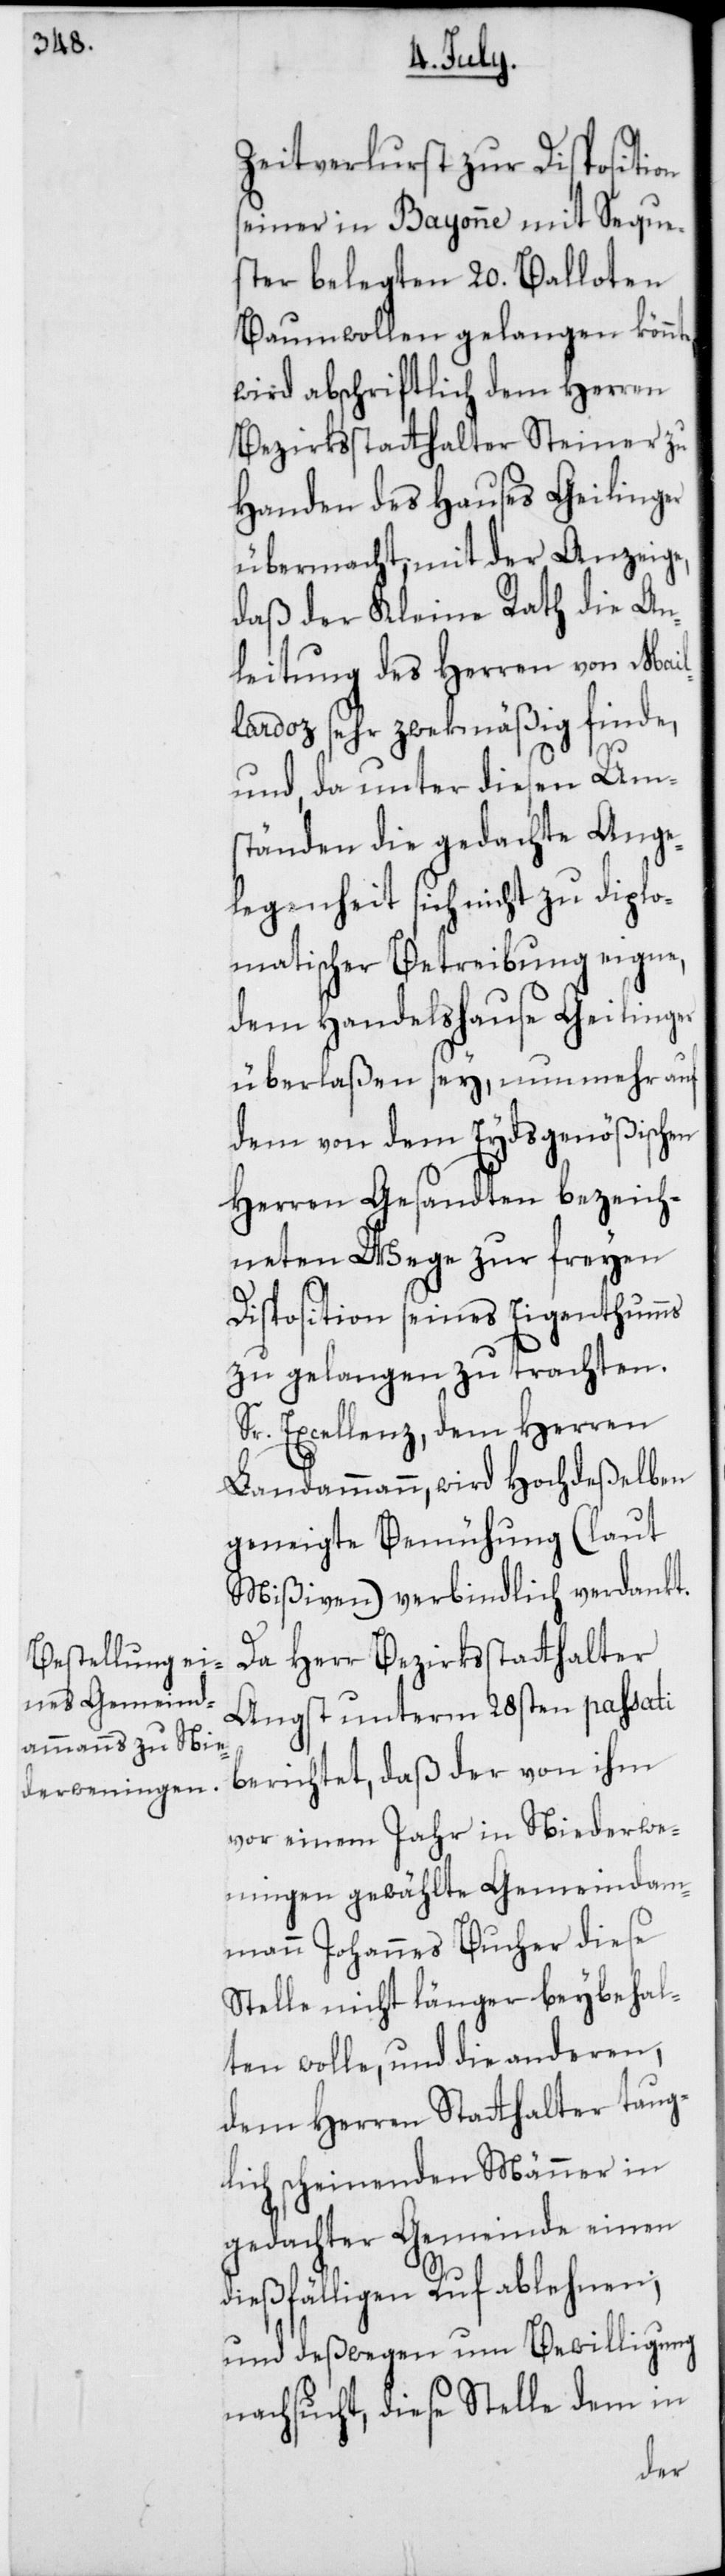
Zeitverlust zur Disposition
seiner in Bayonne mit Seque¬
ster belegten 20. Balloten
Baumwollen gelangen könnt¬
wird abschriftlich dem Herren
Bezirksstatthalter Steiner zu
Handen des Hauses Geilinger
übermacht, mit der Anzeige,
daß der Kleine Rath die An¬
leitung des Herren von Mail¬
lardoz sehr zwekmäßig finde,
und, da unter diesen Um¬
ständen die gedachte Ange¬
legenheit sich nicht zu diplo¬
matischer Betreibung eigne,
dem Handelshause Geilinger
überlaßen sey, nunmehr auf
dem von dem Eydsgenößischen
Herren Gesandten bezeich¬
neten Wege zur freyen
Disposition seines Eigenthums
zu gelangen zu trachten.
Sr. Excellenz, dem Herren
Landammann, wird Hochdeßelben
geneigte Bemühung (laut
Mißiven) verbindlich verdankt.
Da Herr Bezirksstatthalter
Angst unterm 28sten passati
berichtet, daß der von ihm
vor einem Jahr in Niederwe¬
ningen gewählte Gemeindam¬
mann Johannes Bucher diese
Stelle nicht länger beybehal¬
ten wolle, und die anderen,
dem Herren Stathalter taug¬
lich scheinenden Männer in
gedachter Gemeinde einen
dießfälligen Ruf ablehnen;
und deßwegen um Bewilligung
nachsucht, diese Stelle dem in
e,